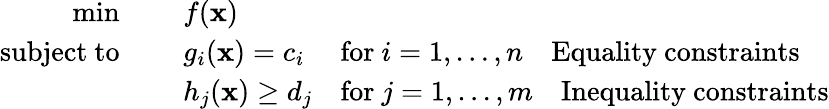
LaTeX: {\begin{array}{rcll}{\operatorname*{min}}&{~}&{f(\mathbf{x})}&\\ {\mathrm{subject~to}}&{~}&{g_{i}(\mathbf{x})=c_{i}}&{{\mathrm{for~}}i=1,\ldots,n\quad{\mathrm{Equality~constraints}}}\\ &{~}&{h_{j}(\mathbf{x})\geq d_{j}}&{{\mathrm{for~}}j=1,\ldots,m\quad{\mathrm{Inequality~constraints}}}\end{array}}